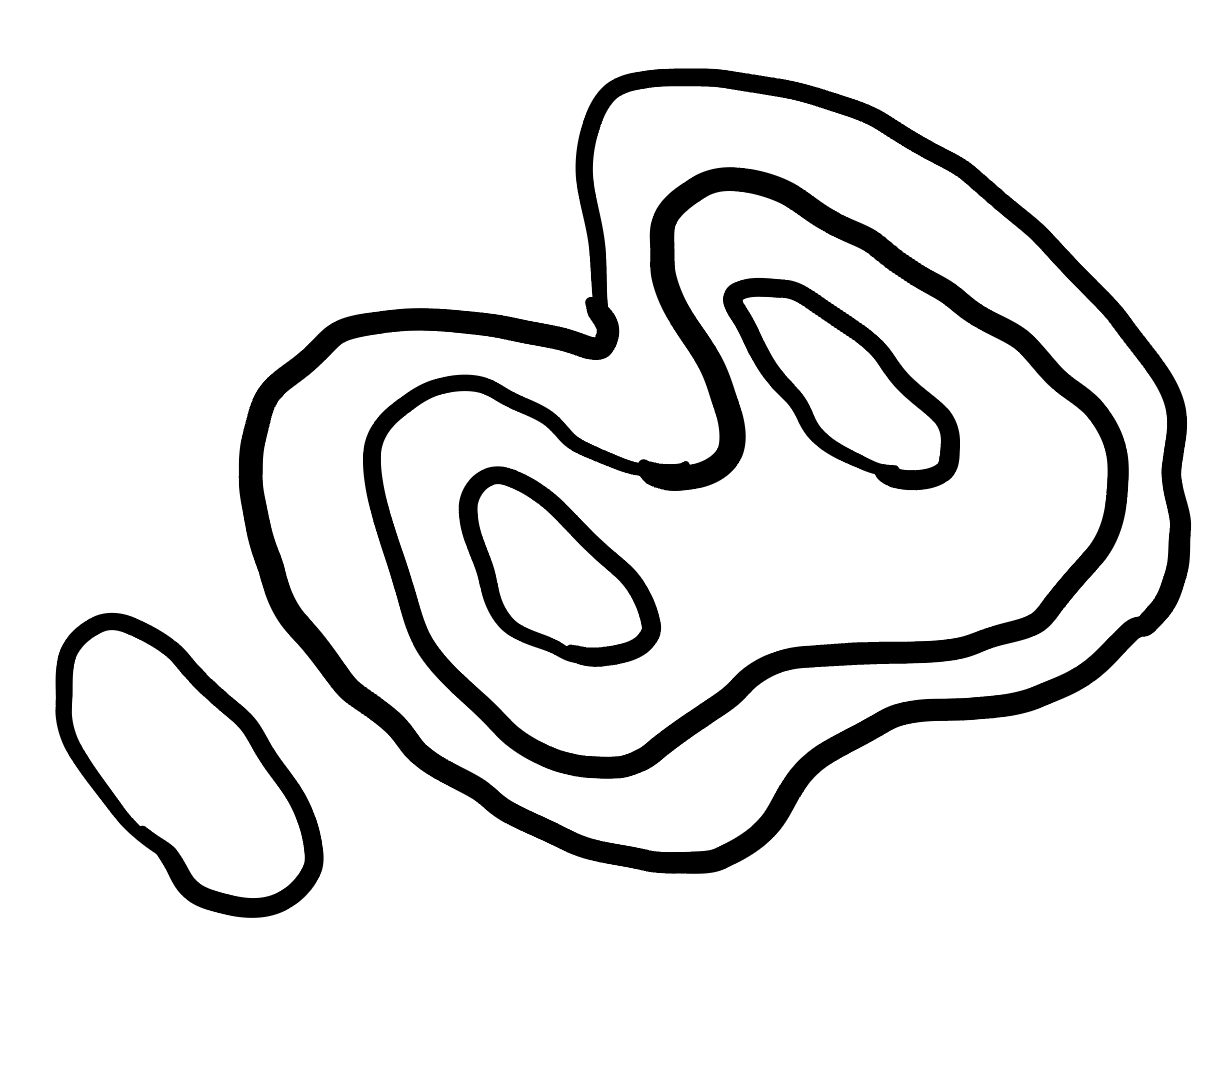
Number of regions (including the outer root region): 6
Containment tree edges (parent, child): 0, 1, 0, 2, 2, 3, 3, 4, 3, 5